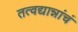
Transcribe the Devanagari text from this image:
तत्वद्यान्नांचं